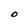
Character: O